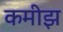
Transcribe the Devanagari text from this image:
कमीझ